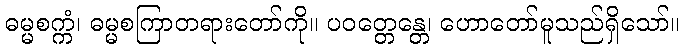
ဓမ္မစက္ကံ၊ ဓမ္မစကြာတရားတော်ကို။ ပဝတ္တေန္တေ၊ ဟောတော်မူသည်ရှိသော်။